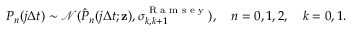
\begin{array} { r } { P _ { n } ( j \Delta t ) \sim \mathcal { N } ( \hat { P } _ { n } ( j \Delta t ; { \mathbf z } ) , \sigma _ { k , k + 1 } ^ { \textrm { R a m s e y } } ) , \quad n = 0 , 1 , 2 , \quad k = 0 , 1 . } \end{array}